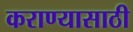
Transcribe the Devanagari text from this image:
कराण्यासाठी